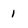
Character: 1